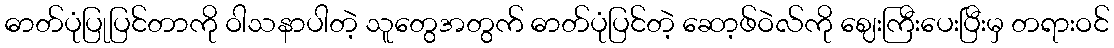
ဓာတ်ပုံပြုပြင်တာကို ဝါသနာပါတဲ့ သူတွေအတွက် ဓာတ်ပုံပြင်တဲ့ ဆော့ဖ်ဝဲလ်ကို ဈေးကြီးပေးပြီးမှ တရားဝင်